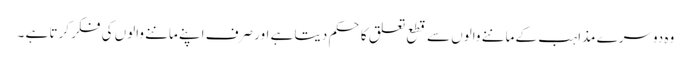
وہ دوسرے مذاہب کے ماننے والوں سے قطع تعلق کا حکم دیتا ہے اور صرف اپنے ماننے والوں کی فکر کرتا ہے ۔